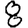
Digit: 8